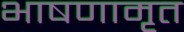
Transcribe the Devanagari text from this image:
भाषणामृत